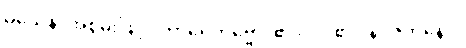
ဝသေန၊ အစွမ်းဖြင့်။ ကာရေတဗ္ဗော၊ ၏။ ဝါ၊ ၏။ နိပဇဘနေပိ၊